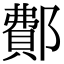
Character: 鄪